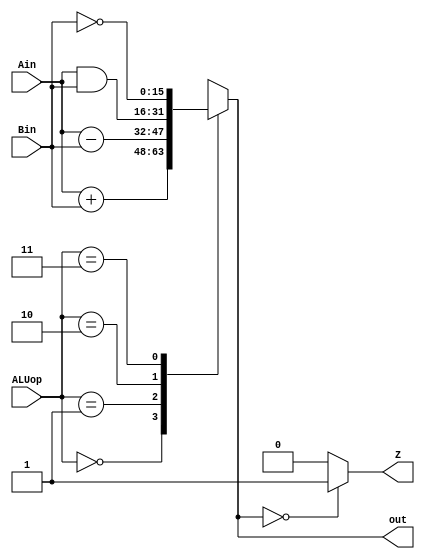
/*
Module: ALU
Purpose: the purpose of the Arithmetic Logic Unit (ALU) is to perform four standard operations - addition, subtraction, bitwise AND (Boolean logic) and bitwise NOT (Boolean logic)

Inputs:
1. Ain (16 bit binary) - input A
2. Bin (16 bit binary) - input B
3.  ALUop (2 bit binary) - this specifices the ALU operation we want to perform using inputs A and B:
	a. if ALUop = 00, we add inputs A and B
	b. if ALUop = 01, we subtract input B from input A
	c. if ALUop = 10, we bitwise AND inputs A and B
	d. if ALUop = 11, we bitwise NOT input B

Outputs:
1. out (16 bit binary) - output of the ALU after specified operation has been performed on inputs A and B 
2. Z (1 bit binary) - a signal to indicate the status of the result of the ALU:
	a. if out = 16'b0,  then Z = 0
	b. if out = any other value, then Z = 1

*/


//i/o described in header
module ALU(Ain, Bin, ALUop, out, Z);
	input [15:0] Ain, Bin;
	input [1:0] ALUop;
	output [15:0] out;
	output Z;

	reg [15:0] out;
	reg Z;

always @(*) begin

//cases specified in header
case(ALUop)
	2'b00: out = Ain + Bin; //case 3a.
	2'b01: out = Ain - Bin; //case 3b.
	2'b10: out = Ain & Bin; //case 3c.
	2'b11: out = ~(Bin); //case 3d.
	default: out = 16'bxxxxxxxxxxxxxxxx;  //default case sets all 16 bits of the output to unspecified binary
endcase

//condition explained in header 
if(out == 0) begin
	Z = 1;
end else begin
	Z = 0;
end

end

endmodule